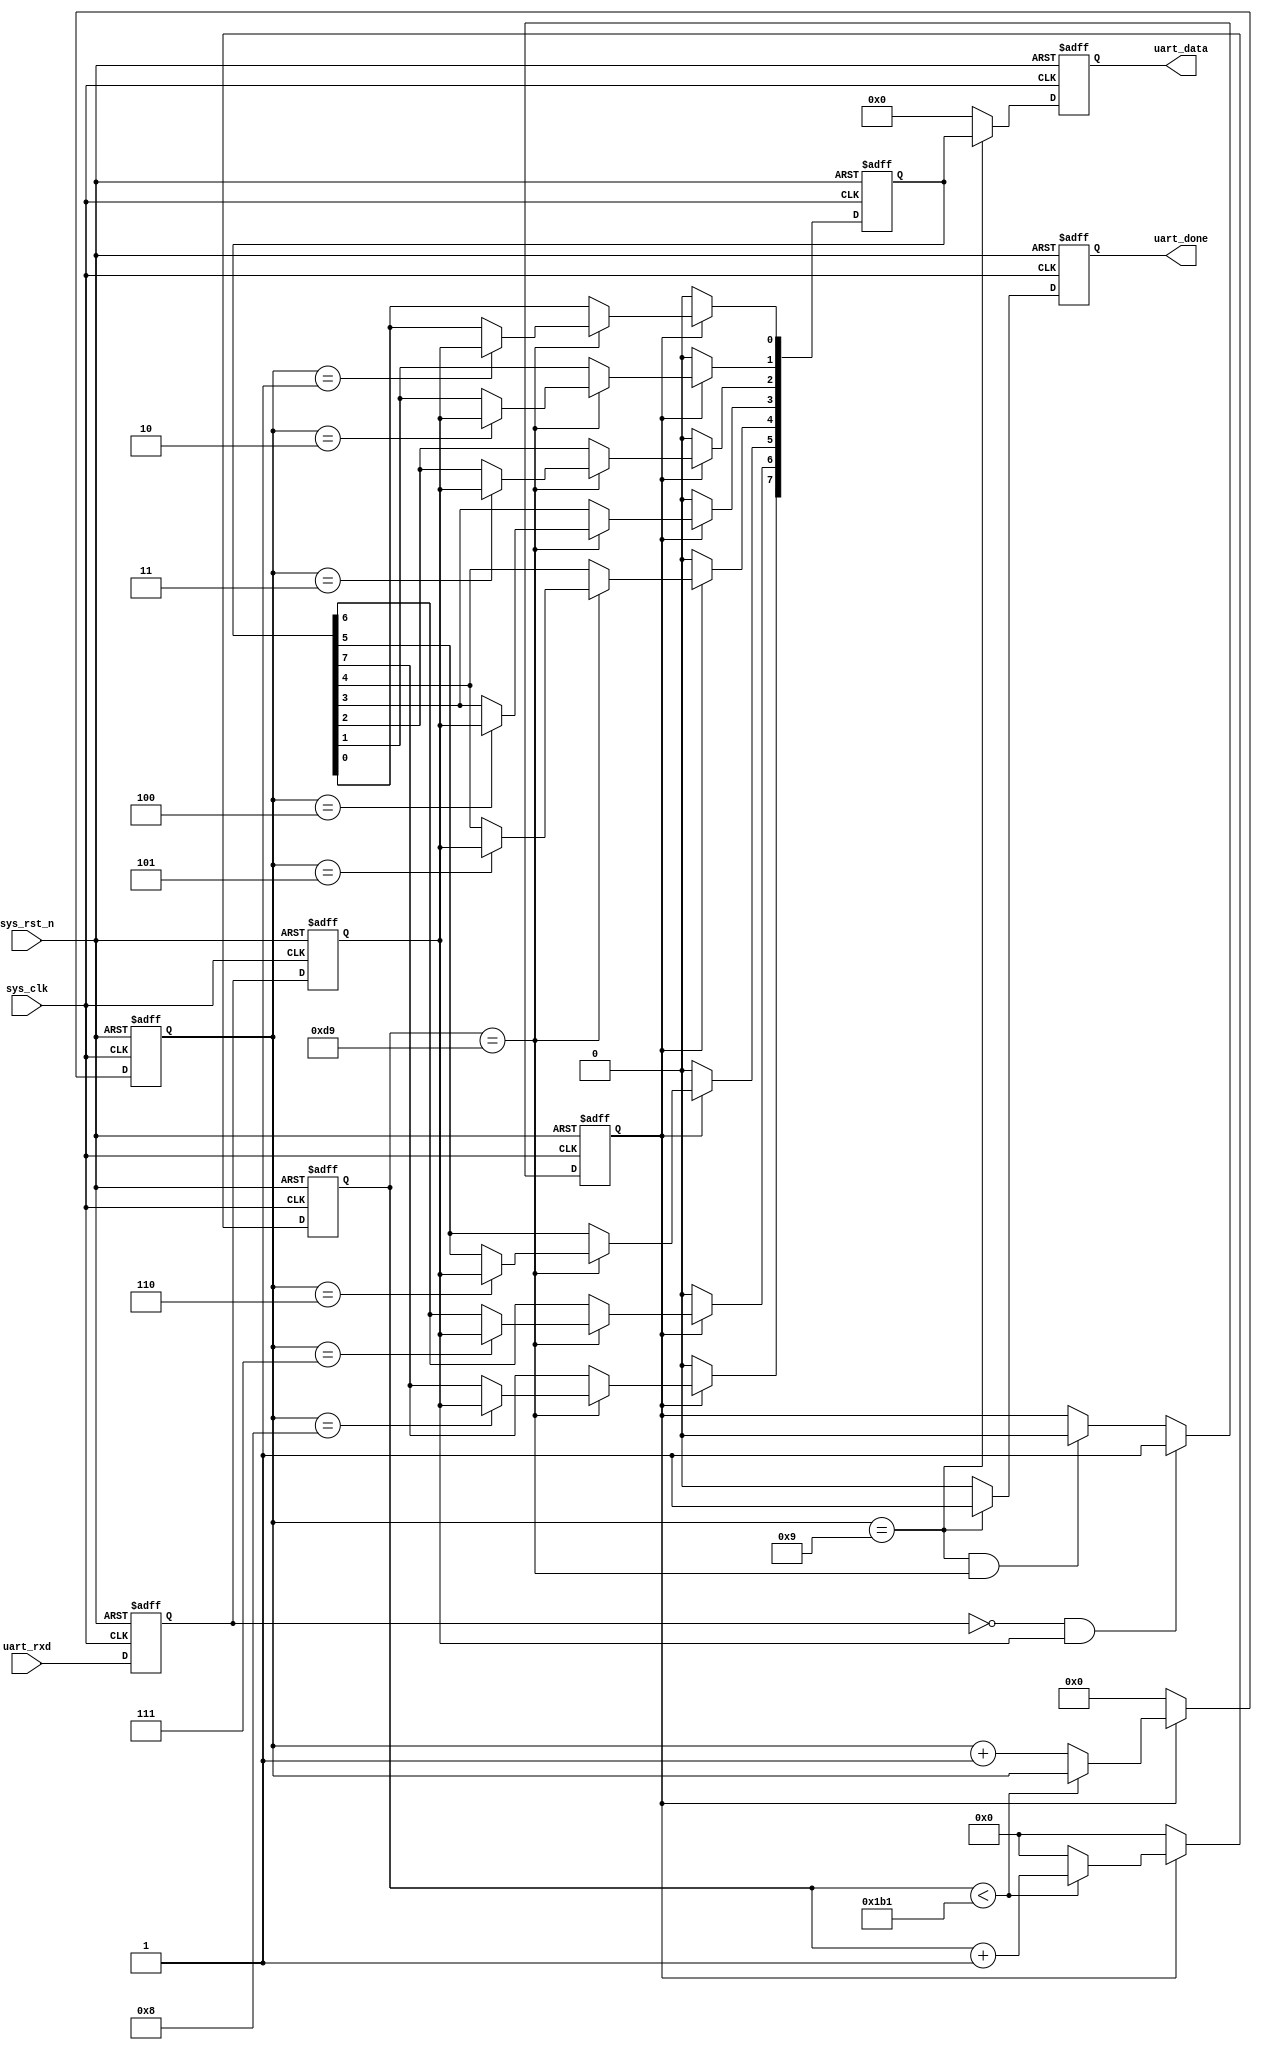
/*******************************************************************************

    @Author: H 
    @Associated Filename: uart_recv.v
    @Purpose: low-level of uart
    @Device: All 
    @Version: 1.0
    @Date: 2021/09/12 18:41:32

*******************************************************************************/
module uart_recv(
    // System Clock
    input        sys_clk,
    input        sys_rst_n,

    // User Interface
    input               uart_rxd,
    output  reg [7:0]   uart_data,
    output  reg         uart_done
);
    // parameter define
    parameter CLK_FREQ = 50_000_000;
    parameter UART_BPS = 115200;
    // BPS_CNT is send 1 bit need how many time cycles
    localparam BPS_CNT = CLK_FREQ/UART_BPS;
    // reg define
    reg                 uart_rxd_d0;
    reg                 uart_rxd_d1;
    reg         [15:0]  clk_cnt;
    reg         [3:0]   rx_cnt;
    reg                 rx_flag;
    reg         [7:0]   rxdata;

    // wire define
    wire                start_flag;
    /*******************************************************************************
     *                                 Main Code
    *******************************************************************************/
    // negedge check
    // because start bit is 0
    assign start_flag = (!uart_rxd_d0)&uart_rxd_d1;
    always @(posedge sys_clk or negedge sys_rst_n ) begin
        if(!sys_rst_n)begin
            uart_rxd_d0 <= 1'b0;
            uart_rxd_d1 <= 1'b0;
        end
        else begin
            uart_rxd_d0 <= uart_rxd;
            uart_rxd_d1 <= uart_rxd_d0;
        end
    end
    // when start_flag is 1, start receive
    always @(posedge sys_clk or negedge sys_rst_n ) begin
        if(!sys_rst_n)begin
            rx_flag <= 1'b0;
        end
        else if (start_flag) begin   // when receive start_flag
                rx_flag <= 1'b1;
            end
            // when receive 10bit data and stop at the mid time of receiving stop bit
            //  (rx_cnt == 4'd9) 9bit 9 BPS_CNT/2 
            //   rx_flag 
            else if ((rx_cnt == 4'd9)&&(clk_cnt == BPS_CNT/2)) begin
                rx_flag <= 1'b0;
            end
            else 
                rx_flag <= rx_flag;
    end

    // when get in receiving process, start sys clk counter(clk_cnt) and recv data counter(rx_cnt)
    always @(posedge sys_clk or negedge sys_rst_n ) begin
        if(!sys_rst_n)begin
            clk_cnt <= 16'b0;
            rx_cnt <= 4'b0;
        end
        else if (rx_flag) begin
            // here need to count, wait BPS_CNT clk cycles to rx_cnt+1
            if (clk_cnt < BPS_CNT -1'b1) begin
                rx_cnt <= rx_cnt;
                clk_cnt <= clk_cnt + 1'b1;
            end
            else begin
                rx_cnt <= rx_cnt + 1'b1;
                clk_cnt <= 16'b0;
            end
        end
        else begin
            clk_cnt <= 16'b0;
            rx_cnt <= 4'b0;
        end
    end

    // according to the rx_cnt to regist the data from port
    always @(posedge sys_clk or negedge sys_rst_n ) begin
        if(!sys_rst_n)begin
            rxdata <= 8'b0;
        end
        else if (rx_flag) begin
            if (clk_cnt == BPS_CNT/2) begin         // this time is stable to acquisition data 
                case (rx_cnt)
                    4'd1:rxdata[0] <= uart_rxd_d1; 
                    4'd2:rxdata[1] <= uart_rxd_d1; 
                    4'd3:rxdata[2] <= uart_rxd_d1; 
                    4'd4:rxdata[3] <= uart_rxd_d1; 
                    4'd5:rxdata[4] <= uart_rxd_d1; 
                    4'd6:rxdata[5] <= uart_rxd_d1; 
                    4'd7:rxdata[6] <= uart_rxd_d1; 
                    4'd8:rxdata[7] <= uart_rxd_d1; 
                    default: ;
                endcase
            end
            else 
                rxdata <= rxdata;
        end
        else begin
            rxdata <= 8'b0;
        end
    end
    // when receiving done, output receive complete flag and output the receiving data
    always @(posedge sys_clk or negedge sys_rst_n ) begin
        if(!sys_rst_n)begin
            uart_data <= 8'b0;
            uart_done <= 1'b0;
        end
        else if (rx_cnt == 4'd9) begin
                uart_data <= rxdata;
                uart_done <= 1'b1;
        end
        else begin
            uart_data <= 8'b0;
            uart_done <= 1'b0;
        end
    end
endmodule